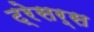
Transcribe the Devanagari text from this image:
ट्रेसर्स